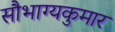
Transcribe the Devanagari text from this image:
सौभाग्यकुमार